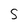
Character: s